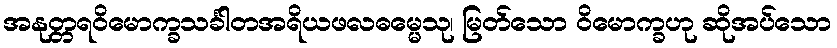
အနုတ္တရဝိမောက္ခသင်္ခါတအရိယဖလဓမ္မေသု၊ မြတ်သော ဝိမောက္ခဟု ဆိုအပ်သော